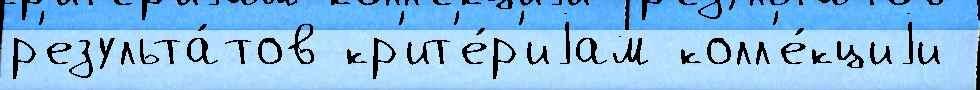
р'езульта́тов кр'ит'е́р'иjам колл'е́кциjи